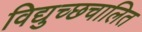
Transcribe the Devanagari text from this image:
विद्युच्छचालित